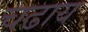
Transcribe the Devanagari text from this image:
चढाय